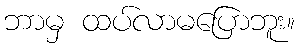
ဘာမှ ထပ်လာမပြောဘူး။